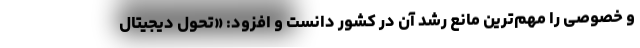
و خصوصی را مهم‌ترین مانع رشد آن در کشور دانست و افزود: «تحول دیجیتال